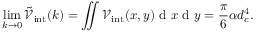
\operatorname* { l i m } _ { k \rightarrow 0 } \tilde { \mathcal { V } } _ { \mathrm { i n t } } ( k ) = \iint \mathcal { V } _ { \mathrm { i n t } } ( x , y ) \mathrm { ~ d ~ } x \mathrm { ~ d ~ } y = \frac { \pi } { 6 } \alpha d _ { c } ^ { 4 } .